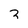
Character: 2